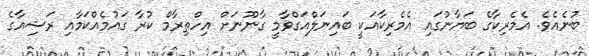
ބުނެއެވެ. އެމެރިކާގެ ބަޔާނުގައި އެމެރިކާއަކީ ބައިނަލްއަގްވާމީ ގާނޫނަށް އިހްތިރާމް ކުރާ ގައުމެއްކަމާއި ރަޝިއާގެ